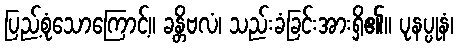
ပြည့်စုံသောကြောင့်။ ခန္တိဗလံ၊ သည်းခံခြင်းအားရှိ၏။ ပုနပ္ပုနံ၊